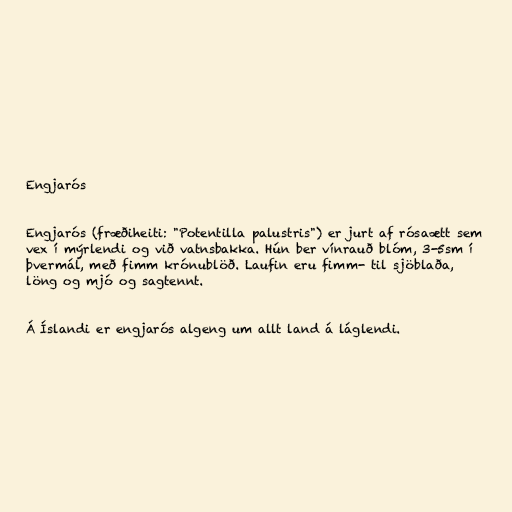
Engjarós

Engjarós (fræðiheiti: "Potentilla palustris") er jurt af rósaætt sem
vex í mýrlendi og við vatnsbakka. Hún ber vínrauð blóm, 3-5sm í
þvermál, með fimm krónublöð. Laufin eru fimm- til sjöblaða,
löng og mjó og sagtennt.

Á Íslandi er engjarós algeng um allt land á láglendi.